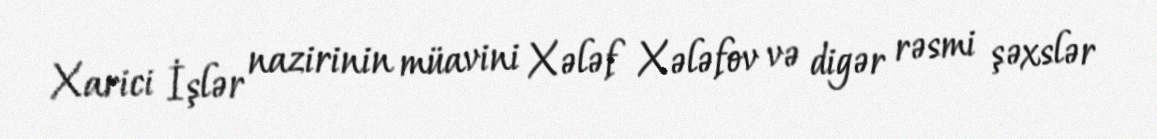
Xarici İşlər nazirinin müavini Xələf Xələfov və digər rəsmi şəxslər